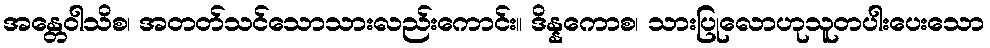
အန္တေဝါသိစ၊ အတတ်သင်သောသားလည်းကောင်း။ ဒိန္နကောစ၊ သားပြုလောဟုသူတပါးပေးသော